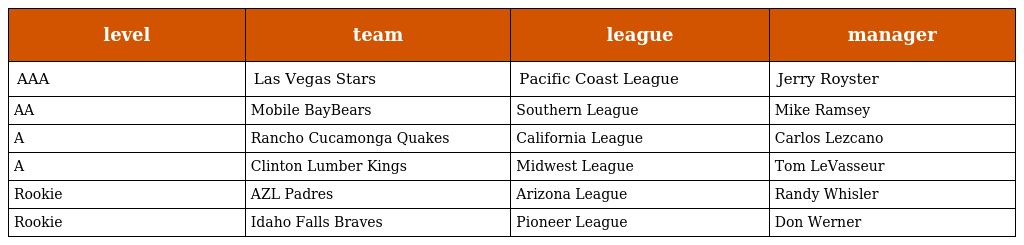
| level | team | league | manager |
 | --- | --- | --- | --- |
 | AAA | Las Vegas Stars | Pacific Coast League | Jerry Royster |
 | AA | Mobile BayBears | Southern League | Mike Ramsey |
 | A | Rancho Cucamonga Quakes | California League | Carlos Lezcano |
 | A | Clinton Lumber Kings | Midwest League | Tom LeVasseur |
 | Rookie | AZL Padres | Arizona League | Randy Whisler |
 | Rookie | Idaho Falls Braves | Pioneer League | Don Werner |